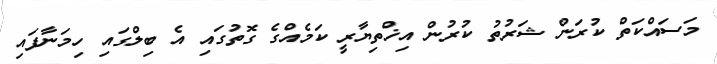
މަސައްކަތް ކުރަން ޝަރުތު ކުރުން އިޚްތިޔާރީ ކަމެއްގެ ގޮތުގައި އެ ބިލްގައި ހިމަނާފައި